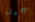
جيد